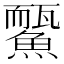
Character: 𩻊